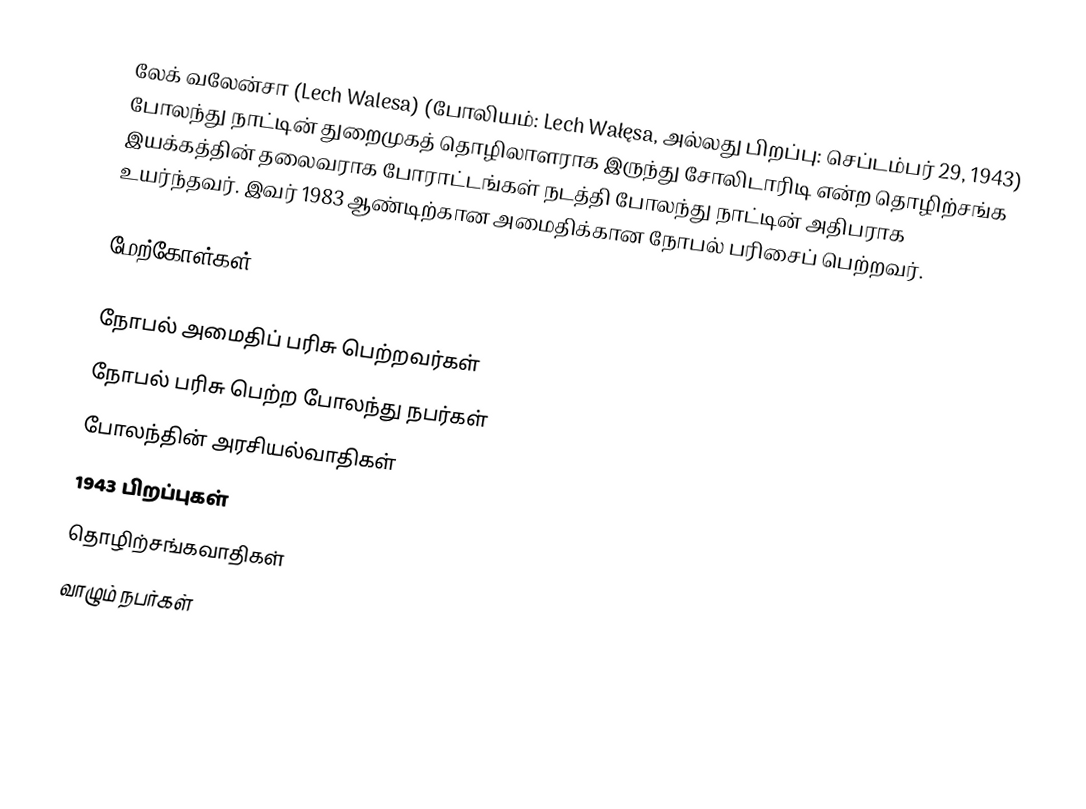
லேக் வலேன்சா (Lech Walesa) (போலியம்: Lech Wałęsa,  அல்லது  பிறப்பு: செப்டம்பர் 29, 1943) போலந்து நாட்டின் துறைமுகத் தொழிலாளராக இருந்து சோலிடாரிடி என்ற தொழிற்சங்க இயக்கத்தின் தலைவராக போராட்டங்கள் நடத்தி போலந்து நாட்டின் அதிபராக உயர்ந்தவர். இவர் 1983 ஆண்டிற்கான அமைதிக்கான நோபல் பரிசைப் பெற்றவர்.

மேற்கோள்கள்

நோபல் அமைதிப் பரிசு பெற்றவர்கள்
நோபல் பரிசு பெற்ற போலந்து நபர்கள்
போலந்தின் அரசியல்வாதிகள்
1943 பிறப்புகள்
தொழிற்சங்கவாதிகள்
வாழும் நபர்கள்